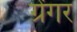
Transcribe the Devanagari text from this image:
ग्रेंगर